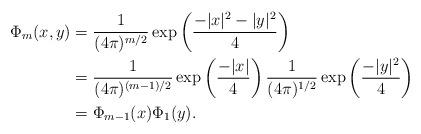
LaTeX: \begin{align*}\Phi_m(x,y) &= \frac1{(4\pi)^{m/2}} \exp\left( \frac{-|x|^2-|y|^2}{4} \right) \\&=\frac1{(4\pi)^{(m-1)/2}} \exp\left( \frac{-|x|}{4} \right) \frac1{(4\pi)^{1/2}} \exp\left( \frac{-|y|^2}{4} \right)\\&=\Phi_{m-1}(x)\Phi_1(y).\end{align*}